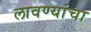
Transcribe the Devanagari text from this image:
लावण्यांचा